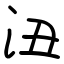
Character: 沑